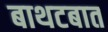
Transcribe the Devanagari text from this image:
बाथटबात